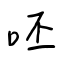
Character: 呸